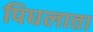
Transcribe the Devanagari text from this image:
पिघलाता